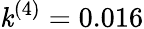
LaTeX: \mathit{k}^{(4)}=0.016